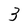
Character: 3